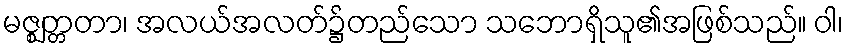
မဇ္ဈတ္တတာ၊ အလယ်အလတ်၌တည်သော သဘောရှိသူ၏အဖြစ်သည်။ ဝါ၊